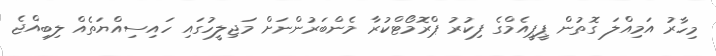
މިހާރު އަމިއްލަ ގޮތުން ޕީޕީއެމްގެ ފިކުރު ޕްރޮމޯޓްކުރާ މެންބަރުންނަށް މަޖިލީހުގައި ހައިސިއްޔަތެއް ލިބިއްޖެ